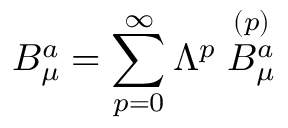
B _ { \mu } ^ { a } = \sum _ { p = 0 } ^ { \infty } \Lambda ^ { p } \stackrel { ( p ) } { B _ { \mu } ^ { a } }